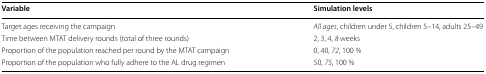
<table><thead><tr><td><b>Variable</b></td><td><b>Simulation levels</b></td></tr></thead><tbody><tr><td>Target ages receiving the campaign</td><td><i>All ages</i>, children under 5, children 5–14, adults 25–49</td></tr><tr><td>Time between MTAT delivery rounds (total of three rounds)</td><td>2, 3, 4, <i>8</i> weeks</td></tr><tr><td>Proportion of the population reached per round by the MTAT campaign</td><td>0, 40, <i>72</i>, 100 %</td></tr><tr><td>Proportion of the population who fully adhere to the AL drug regimen</td><td>50, <i>75</i>, 100 %</td></tr></tbody></table>